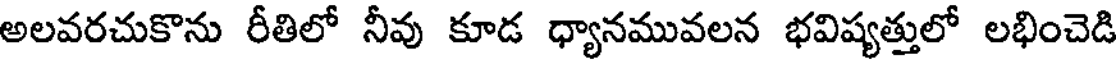
అలవరచుకొను రీతిలో నీవు కూడ ధ్యానమువలన భవిష్యత్తులో లభించెడి